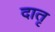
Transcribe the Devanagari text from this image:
दातृ